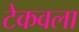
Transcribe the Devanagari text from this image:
टेकवला